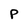
Character: P